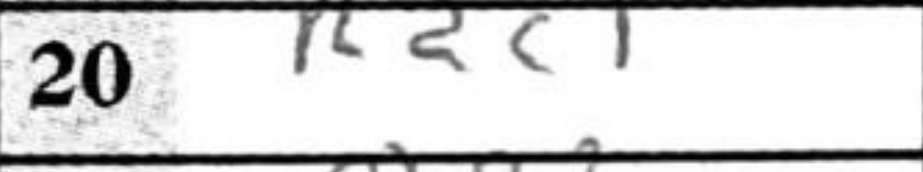
Transcription: Rdc1